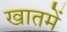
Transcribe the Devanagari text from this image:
खातमें